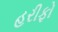
હરીફો